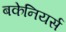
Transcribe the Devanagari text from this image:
बकेनियर्स